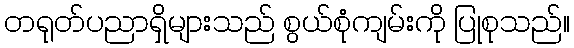
တရုတ်ပညာရှိများသည် စွယ်စုံကျမ်းကို ပြုစုသည်။